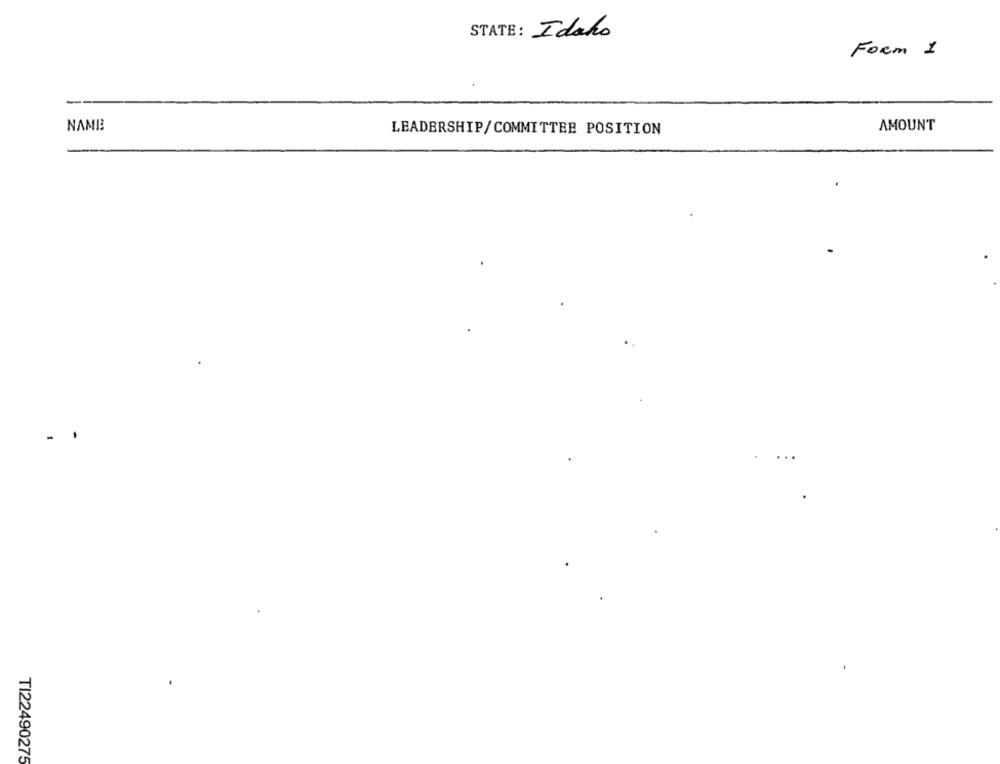
STATE: Idaho
Form 1
NAME
LEADERSHIP/COMMITTEE POSITION
AMOUNT
-
TI22490275